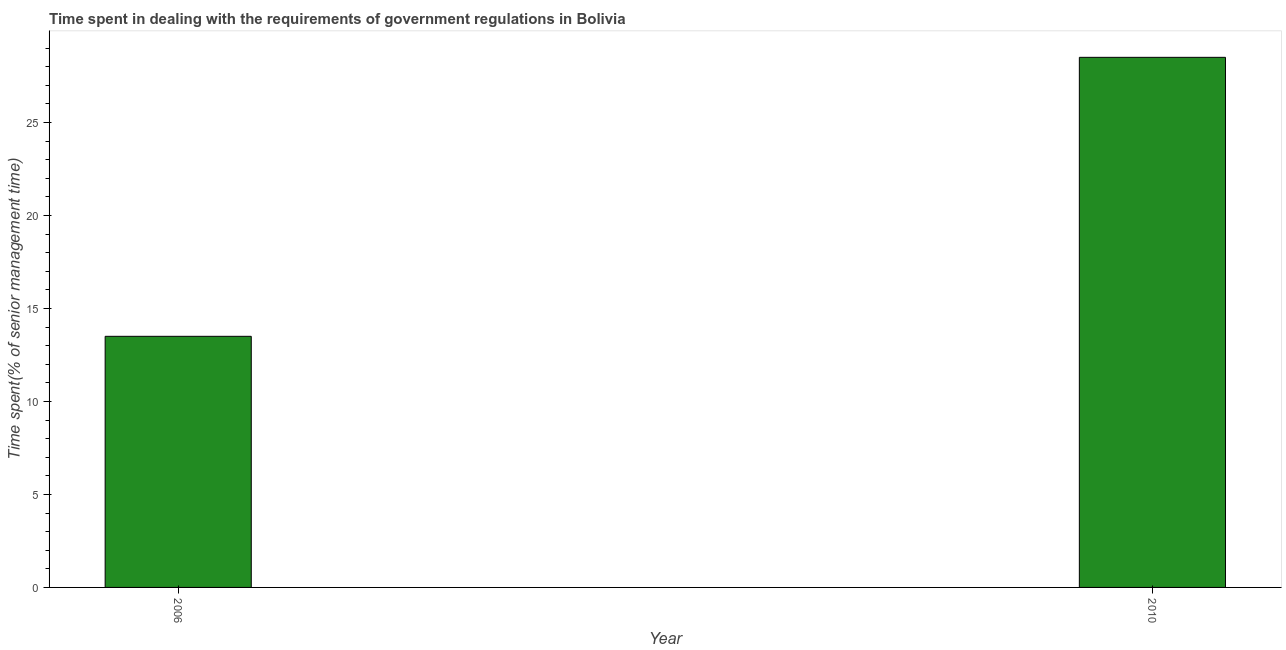
| Year | Government regulations |
 | --- | --- |
 | 2006 | 13.5 |
 | 2010 | 28.5 |